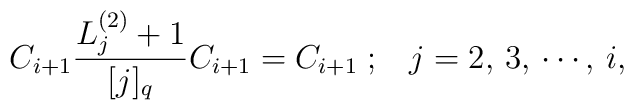
C_{i+1}\frac{L_j^{(2)}+1}{[j]_q}C_{i+1}=C_{i+1}\; ; \;\;\; j=2,\,3,\,\cdots ,\, i,